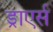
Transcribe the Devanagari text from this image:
ड्राएर्स